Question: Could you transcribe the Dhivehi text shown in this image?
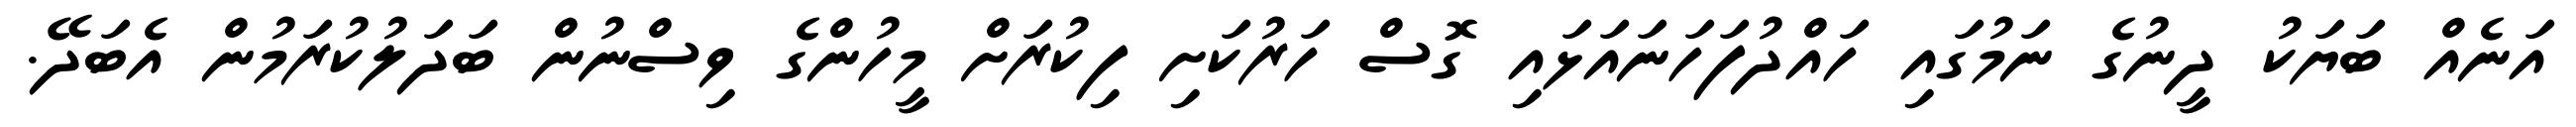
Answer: އަނެއް ބަޔަކު ދީނުގެ ނަމުގައި ހައްދުފަހަނައަޅައި ގޮސް ހަރުކަށި ފިކުރަށް މީހުންގެ ވިސްނުން ބަދަލުކުރަމުން އެބަދޭ.